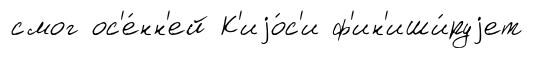
смог ос'е́нн'ей К'иjо́с'и ф'ин'иши́руjет